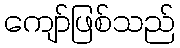
ကျော်ဖြစ်သည်